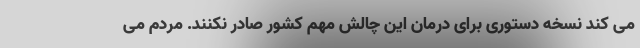
می کند نسخه دستوری برای درمان این چالش مهم کشور صادر نکنند. مردم می